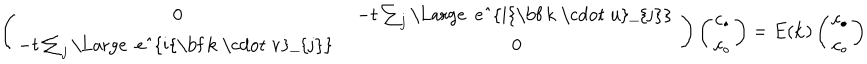
LaTeX: \left( \begin{array} { c c } { { 0 } } & { { - t \sum _ { j } \mathrm { \Large ~ e ^ { i { \bf ~ k ~ \cdot ~ u } _ { j } } ~ } } } \\ { { - t \sum _ { j } \mathrm { \Large ~ e ^ { i { \bf ~ k ~ \cdot ~ v } _ { j } } ~ } } } & { { 0 } } \\ \end{array} \right) \left( \begin{array} { c } { { c _ { \bullet } } } \\ { { c _ { \circ } } } \\ \end{array} \right) = E ( { \bf k } ) \left( \begin{array} { c } { { c _ { \bullet } } } \\ { { c _ { \circ } } } \\ \end{array} \right)